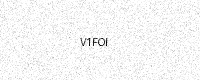
Text: V1FOI